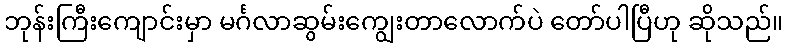
ဘုန်းကြီးကျောင်းမှာ မင်္ဂလာဆွမ်းကျွေးတာလောက်ပဲ တော်ပါပြီဟု ဆိုသည်။